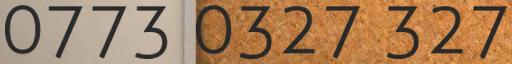
0773 0327 327